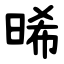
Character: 晞